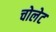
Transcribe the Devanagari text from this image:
चोलेट